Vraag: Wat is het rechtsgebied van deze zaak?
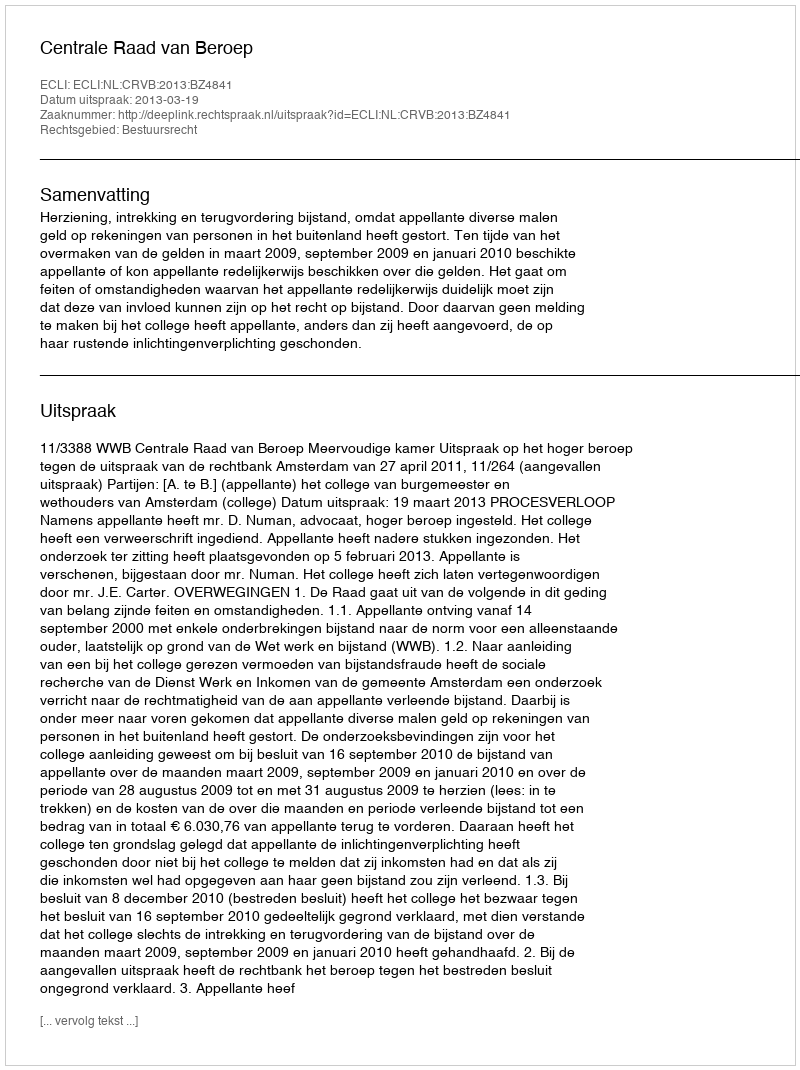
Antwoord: Bestuursrecht